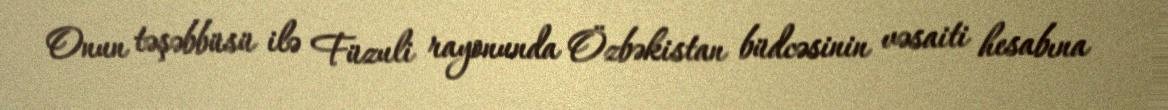
Onun təşəbbüsü ilə Füzuli rayonunda Özbəkistan büdcəsinin vəsaiti hesabına